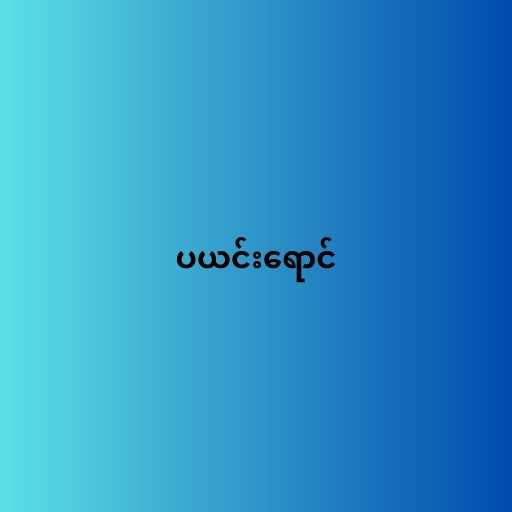
ပယင်းရောင်